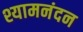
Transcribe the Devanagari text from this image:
श्यामनंदन